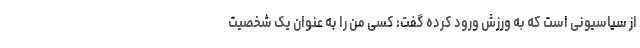
از سیاسیونی است که به ورزش ورود کرده گفت: کسی من را به عنوان یک شخصیت